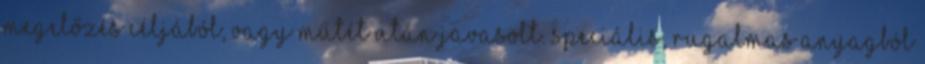
megelőzés céljából, vagy műtét után javasolt. Speciális, rugalmas anyagból